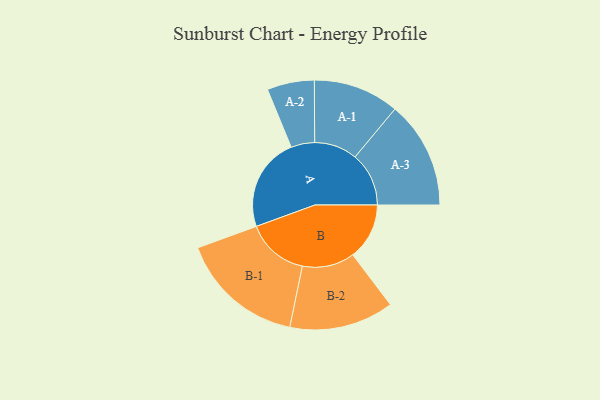
{"axis": {"x": "Segment", "y": "Value"}, "legend": ["", "A", "B"], "data": [{"x": "A", "y": 433, "type": ""}, {"x": "B", "y": 261, "type": ""}, {"x": "A-1", "y": 198, "type": "A"}, {"x": "A-2", "y": 109, "type": "A"}, {"x": "A-3", "y": 248, "type": "A"}, {"x": "B-1", "y": 288, "type": "B"}, {"x": "B-2", "y": 241, "type": "B"}]}